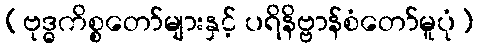
(ဗုဒ္ဓကိစ္စတော်များနှင့် ပရိနိဗ္ဗာန်စံတော်မူပုံ)